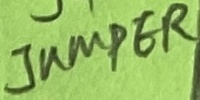
Text: JUMPER